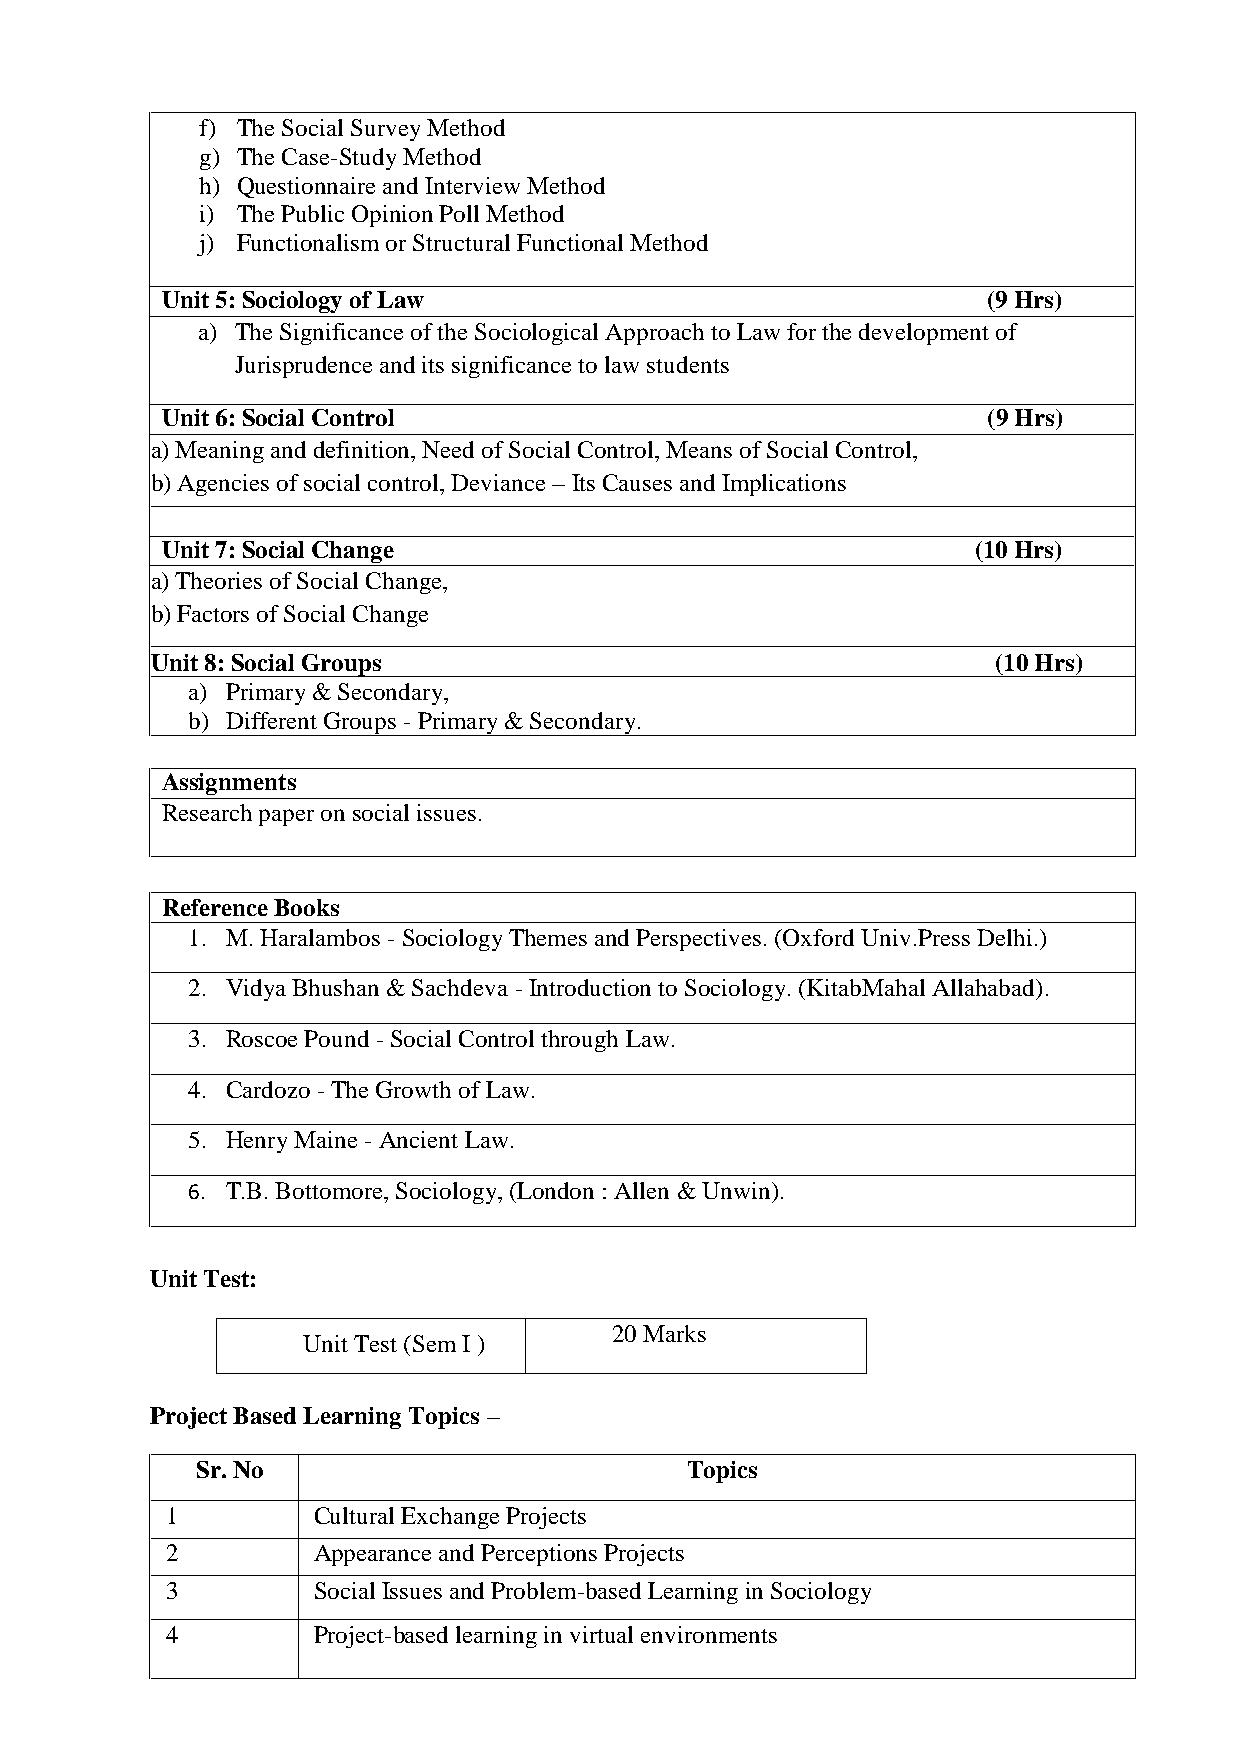
f) The Social Survey Method
 g) The Case-Study Method
 h) Questionnaire and Interview Method
 i) The Public Opinion Poll Method
 j) Functionalism or Structural Functional Method
 Unit5:Sociology of Law                                (9Hrs)
 a) The Significance of the Sociological Approach to Law for the development of
 Jurisprudence and its significance to law students
 Unit6:Social Control                                  (9Hrs)
 a) Meaning and definition, Need of Social Control, Means of Social Control,
 b) Agencies of social control, Deviance – Its Causes and Implications
 Unit7:Social Change                                  (10Hrs)
 a) Theories of Social Change,
 b) Factors of Social Change
 Unit8:Social Groups                                     (10Hrs)
 a) Primary & Secondary,
 b) Different Groups -Primary & Secondary.
 Assignments
 Research paper on social issues.
 ReferenceBooks
 1. M. Haralambos -Sociology Themes and Perspectives. (Oxford Univ.Press Delhi.)
 2. Vidya Bhushan & Sachdeva - Introduction to Sociology. (KitabMahal Allahabad).
 3. Roscoe Pound -Social Control through Law.
 4. Cardozo -The Growth of Law.
 5. Henry Maine -Ancient Law.
 6. T.B. Bottomore, Sociology, (London : Allen & Unwin).
 Unit Test:
 20 Marks
 Unit Test (Sem I )
 Project Based Learning Topics –
 Sr. No                          Topics
 1         Cultural Exchange Projects
 2         Appearance and Perceptions Projects
 3         Social Issues and Problem-based Learningin Sociology
 4         Project-based learning in virtual environments